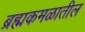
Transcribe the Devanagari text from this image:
ब्रह्मकमळातील